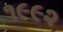
૧૯૯૨